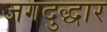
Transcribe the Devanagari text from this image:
जगदुद्धार